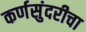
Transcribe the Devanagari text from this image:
कर्णसुंदरीचा